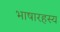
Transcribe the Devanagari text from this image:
भाषारहस्य